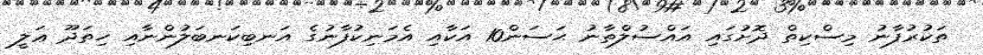
ތަކުރުފާނު މިސްކިތް ދޮށުގައި އައްސުލްތާނު ޙަސަން10 އަކާއި އެމަނިކުފާނުގެ އަނބިކަނބަލުންނާއި ހިތަދޫ ޢަލީ